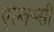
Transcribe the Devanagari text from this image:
एल्क्स्सी